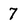
Character: 7